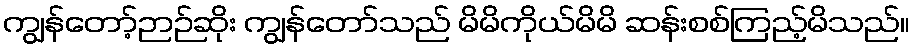
ကျွန်တော့်ဉာဉ်ဆိုး ကျွန်တော်သည် မိမိကိုယ်မိမိ ဆန်းစစ်ကြည့်မိသည်။